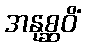
အနုစ္ဆဝိံ